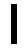
၊